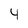
Character: 4